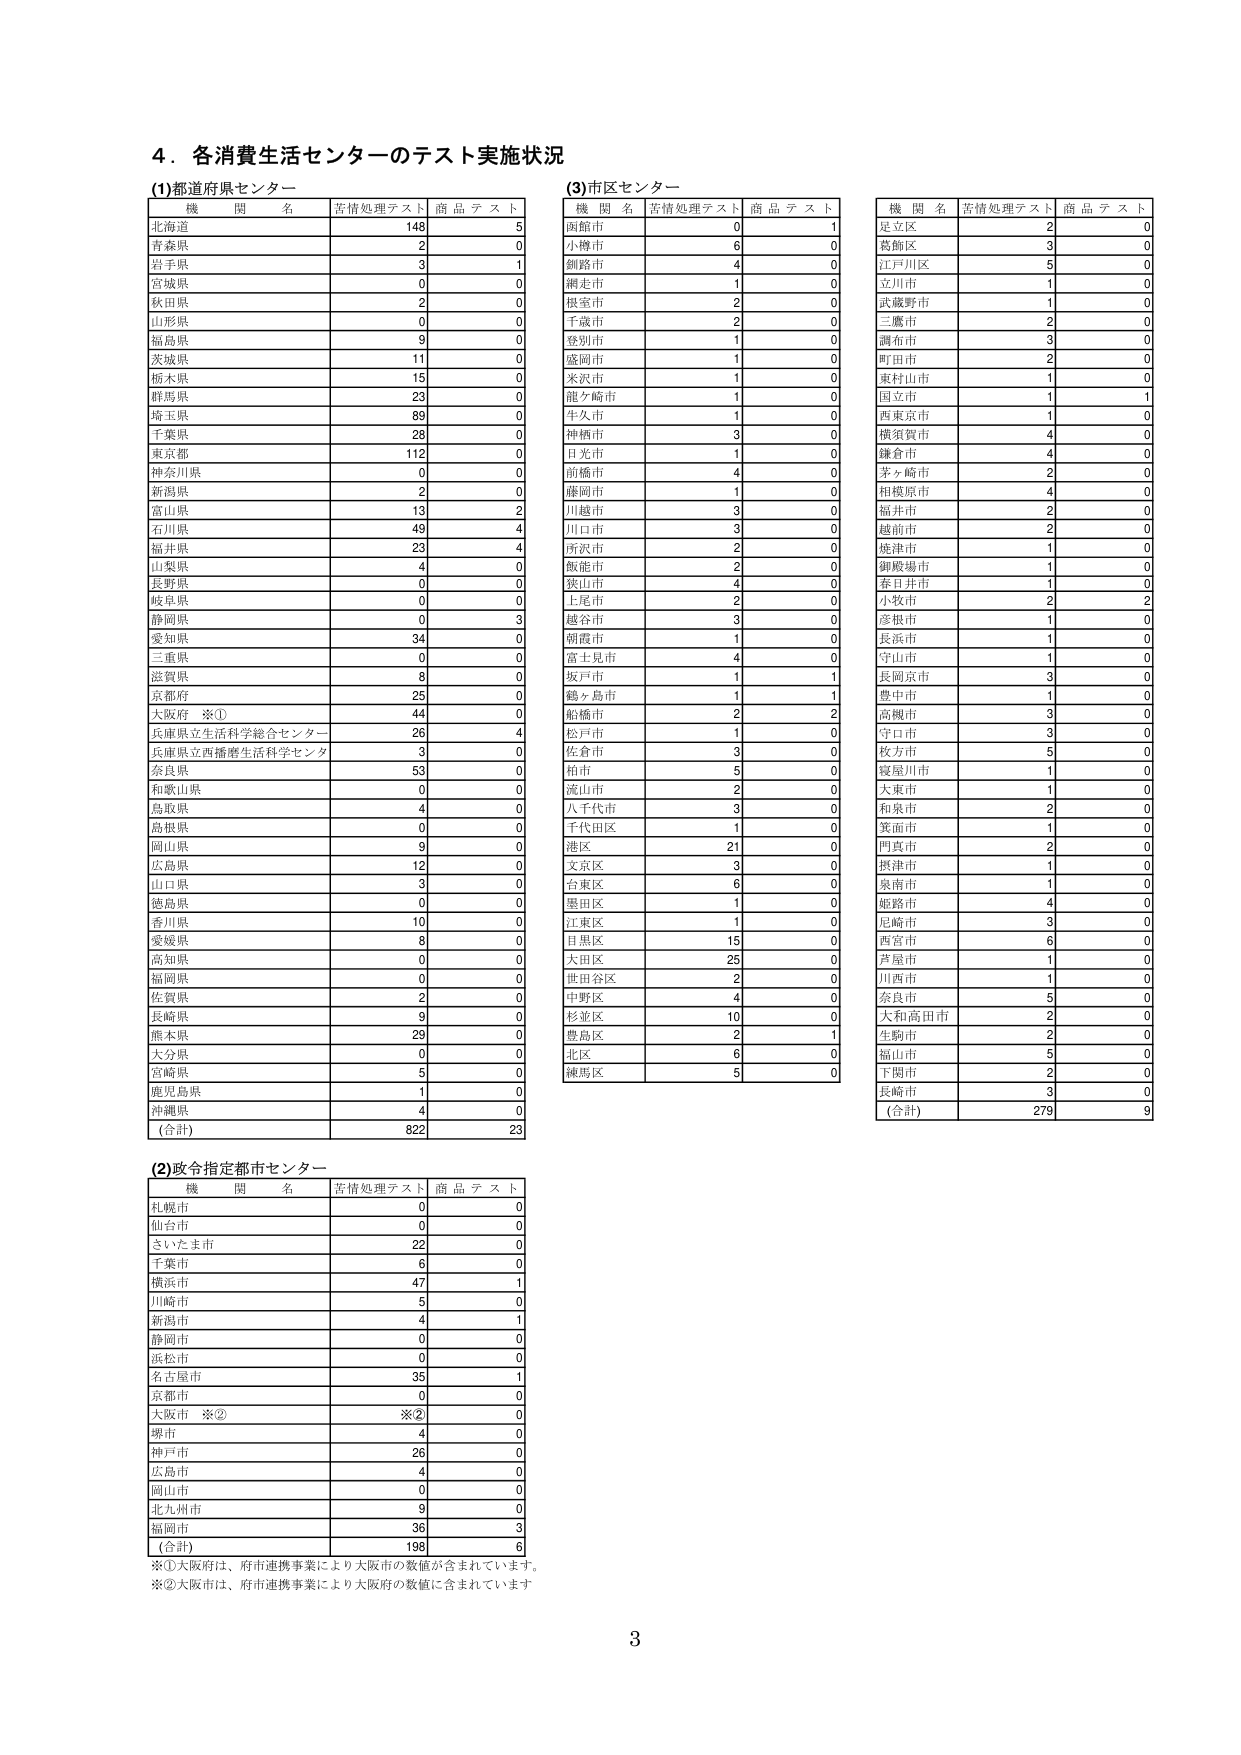
4. 各消費生活センターのテスト実施状況

(1)都道府県センター
機関名 苦情処理テスト 商品テスト
北海道 148 5
青森県 2 0
岩手県 3 1
宮城県 0 0
秋田県 2 0
山形県 0 0
福島県 9 0
茨城県 11 0
栃木県 15 0
群馬県 23 0
埼玉県 89 0
千葉県 28 0
東京都 112 0
神奈川県 0 0
新潟県 2 0
富山県 13 2
石川県 49 4
福井県 23 4
山梨県 4 0
長野県 0 0
岐阜県 0 0
静岡県 0 3
愛知県 34 0
三重県 0 0
滋賀県 8 0
京都府 25 0
大阪府 ※① 44 0
兵庫県立生活科学総合センター 26 4
兵庫県立西播磨生活科学センター 3 0
奈良県 53 0
和歌山県 0 0
鳥取県 4 0
島根県 0 0
岡山県 9 0
広島県 12 0
山口県 3 0
徳島県 0 0
香川県 10 0
愛媛県 8 0
高知県 0 0
福岡県 0 0
佐賀県 2 0
長崎県 9 0
熊本県 29 0
大分県 0 0
宮崎県 5 0
鹿児島県 1 0
沖縄県 4 0
(合計) 822 23

(2)政令指定都市センター
機関名 苦情処理テスト 商品テスト
札幌市 0 0
仙台市 0 0
さいたま市 22 0
千葉市 6 0
横浜市 47 1
川崎市 5 0
新潟市 4 1
静岡市 0 0
浜松市 0 0
名古屋市 35 1
京都市 0 0
大阪市 ※② ※② 0
堺市 4 0
神戸市 26 0
広島市 4 0
岡山市 0 0
北九州市 9 0
福岡市 36 3
(合計) 198 6

※①大阪府は、府市連携事業により大阪市の数値が含まれています。
※②大阪市は、府市連携事業により大阪府の数値に含まれています。

(3)市区センター
機関名 苦情処理テスト 商品テスト
函館市 0 1
小樽市 6 0
釧路市 4 0
網走市 1 0
根室市 2 0
千歳市 2 0
登別市 1 0
盛岡市 1 0
米沢市 1 0
能ヶ崎市 1 0
牛久市 1 0
神栖市 3 0
日光市 1 0
前橋市 4 0
藤岡市 1 0
川越市 3 0
川口市 3 0
所沢市 2 0
飯能市 2 0
狭山市 4 0
上尾市 2 0
越谷市 3 0
朝霞市 1 0
富士見市 4 0
坂戸市 1 1
鶴ヶ島市 1 1
松橋市 2 2
松戸市 1 0
佐倉市 3 0
柏市 5 0
流山市 2 0
八千代市 3 0
千代田区 1 0
港区 21 0
文京区 3 0
台東区 6 0
墨田区 1 0
江東区 1 0
目黒区 15 0
大田区 25 0
世田谷区 2 0
中野区 4 0
杉並区 10 0
豊島区 2 1
北区 6 0
練馬区 5 0

機関名 苦情処理テスト 商品テスト
足立区 2 0
葛飾区 3 0
江戸川区 5 0
立川市 1 0
武蔵野市 1 0
三鷹市 2 0
調布市 3 0
町田市 2 0
東村山市 1 0
国立市 1 1
西東京市 1 0
横須賀市 4 0
鎌倉市 4 0
茅ヶ崎市 2 0
相模原市 4 0
福井市 2 0
越前市 2 0
焼津市 1 0
御殿場市 1 0
春日井市 1 0
小牧市 2 2
彦根市 1 0
長浜市 1 0
守山市 1 0
長岡京市 3 0
豊中市 1 0
高槻市 3 0
守口市 3 0
枚方市 5 0
寝屋川市 1 0
大東市 1 0
和泉市 2 0
箕面市 1 0
門真市 2 0
摂津市 1 0
泉南市 1 0
姫路市 4 0
尼崎市 3 0
西宮市 6 0
芦屋市 1 0
川西市 1 0
奈良市 5 0
大和高田市 2 0
生駒市 2 0
福山市 5 0
下関市 2 0
長崎市 3 0
(合計) 279 9

3